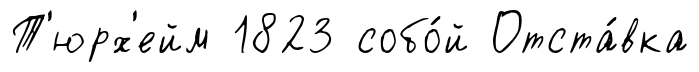
Т'юрх'ейм 1823 собо́й Отста́вка